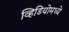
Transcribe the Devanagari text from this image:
व्हिडियोमध्ये